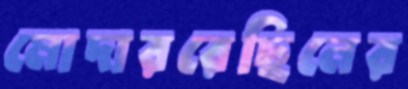
মোদাররেছিনের